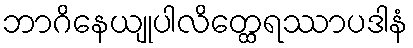
ဘာဂိနေယျုပါလိတ္ထေရဿာပဒါနံ